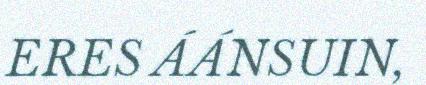
ERES ÁÁNSUIN,